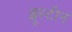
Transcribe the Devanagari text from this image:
ब्लूस्टीन